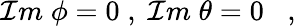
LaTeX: \mathcal{I}m\; \phi=0\; ,\; \mathcal{I}m\; \theta=0\; \; \; ,